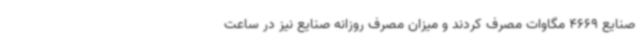
صنایع 4669 مگاوات مصرف کردند و میزان مصرف روزانه صنایع نیز در ساعت